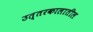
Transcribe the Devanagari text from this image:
उत्तरकालातील